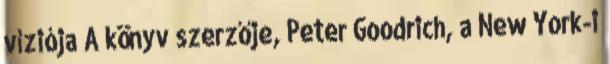
víziója A könyv szerzője, Peter Goodrich, a New York-i